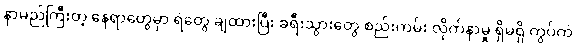
နာမည်ကြီးတဲ့ နေရာတွေမှာ ရဲတွေ ချထားပြီး ခရီးသွားတွေ စည်းကမ်း လိုက်နာမှု ရှိမရှိ ကွပ်ကဲ